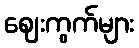
ဈေးကွက်များ